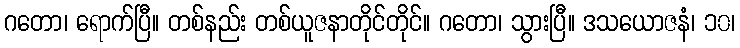
ဂတော၊ ရောက်ပြီ။ တစ်နည်း တစ်ယူဇနာတိုင်တိုင်။ ဂတော၊ သွားပြီ။ ဒသယောဇနံ၊ ၁၀၊